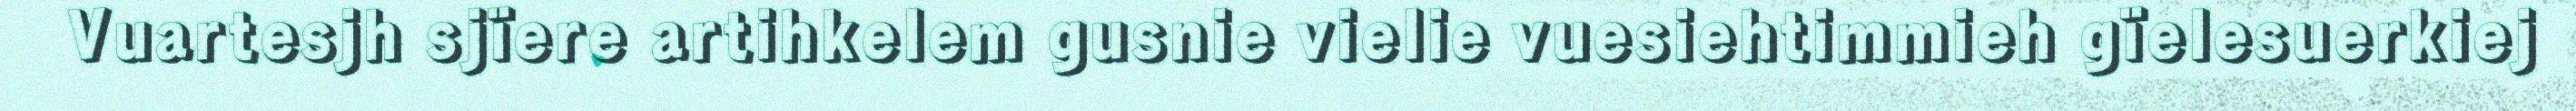
Vuartesjh sjïere artihkelem gusnie vielie vuesiehtimmieh gïelesuerkiej